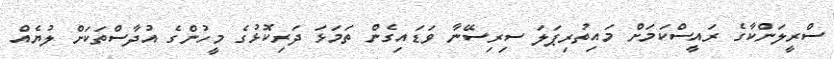
ސްރީލަންކާގެ ރައީސްކަމަށް މައިތުރިޕަލަ ސިރިސޭނާ ވަޑައިގެން ތަމަޅަ ދަރިކޮޅުގެ މީހުންގެ އުދާސްތަކަށް ލުޔެއް